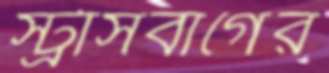
স্ট্রাসবার্গের